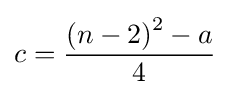
c={\frac {\left(n-2\right)^{2}-a}{4}}